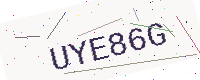
Text: UYE86G